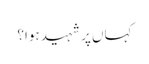
کہاں پر شہید ہوا؟